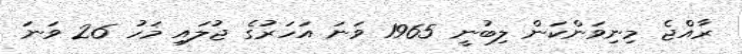
ރާއްޖެ މިނިވަންކަން ލިބުނީ 1965 ވަނަ އަހަރުގެ ޖުލައި މަހު 26 ވަނަ